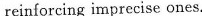
reinforcing imprecise ones.